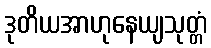
ဒုတိယအာဟုနေယျသုတ္တံ